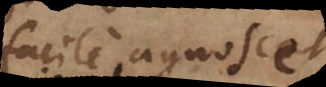
facile agnoscet